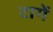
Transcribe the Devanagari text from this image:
टागें